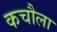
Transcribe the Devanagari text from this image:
कचौला